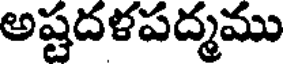
అష్టదళపద్మము